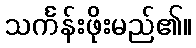
သင်္ကန်းဖိုးမည်၏။